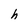
Character: h